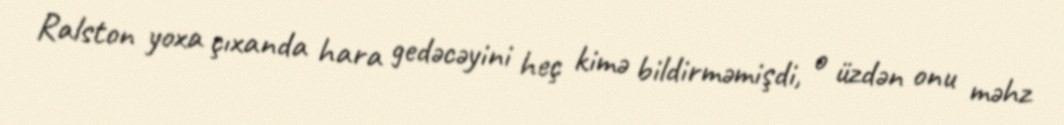
Ralston yoxa çıxanda hara gedəcəyini heç kimə bildirməmişdi, o üzdən onu məhz